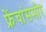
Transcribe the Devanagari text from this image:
फ्रेंचांसमोर